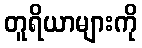
တူရိယာများကို